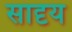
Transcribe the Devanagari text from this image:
सादृय